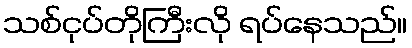
သစ်ငုပ်တိုကြီးလို ရပ်နေသည်။